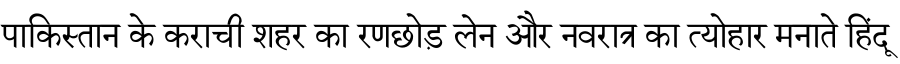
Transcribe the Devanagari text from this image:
पाकिस्तान के कराची शहर का रणछोड़ लेन और नवरात्र का त्योहार मनाते हिंदू